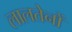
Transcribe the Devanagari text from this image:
लालतेनों